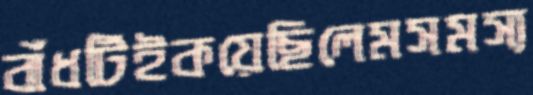
বাঁধটিইকয়েছিলেমসমস্য